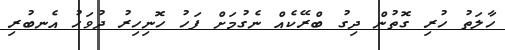
ހާލަތު ހުރި ގޮތުން ދިގު ބްރޭކެއް ނެގުމަށް ފަހު ހޮނިހިރު ދުވަހު އެނބުރި